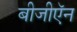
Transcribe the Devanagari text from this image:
बीजीऍन